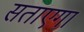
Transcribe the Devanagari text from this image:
सताएगा